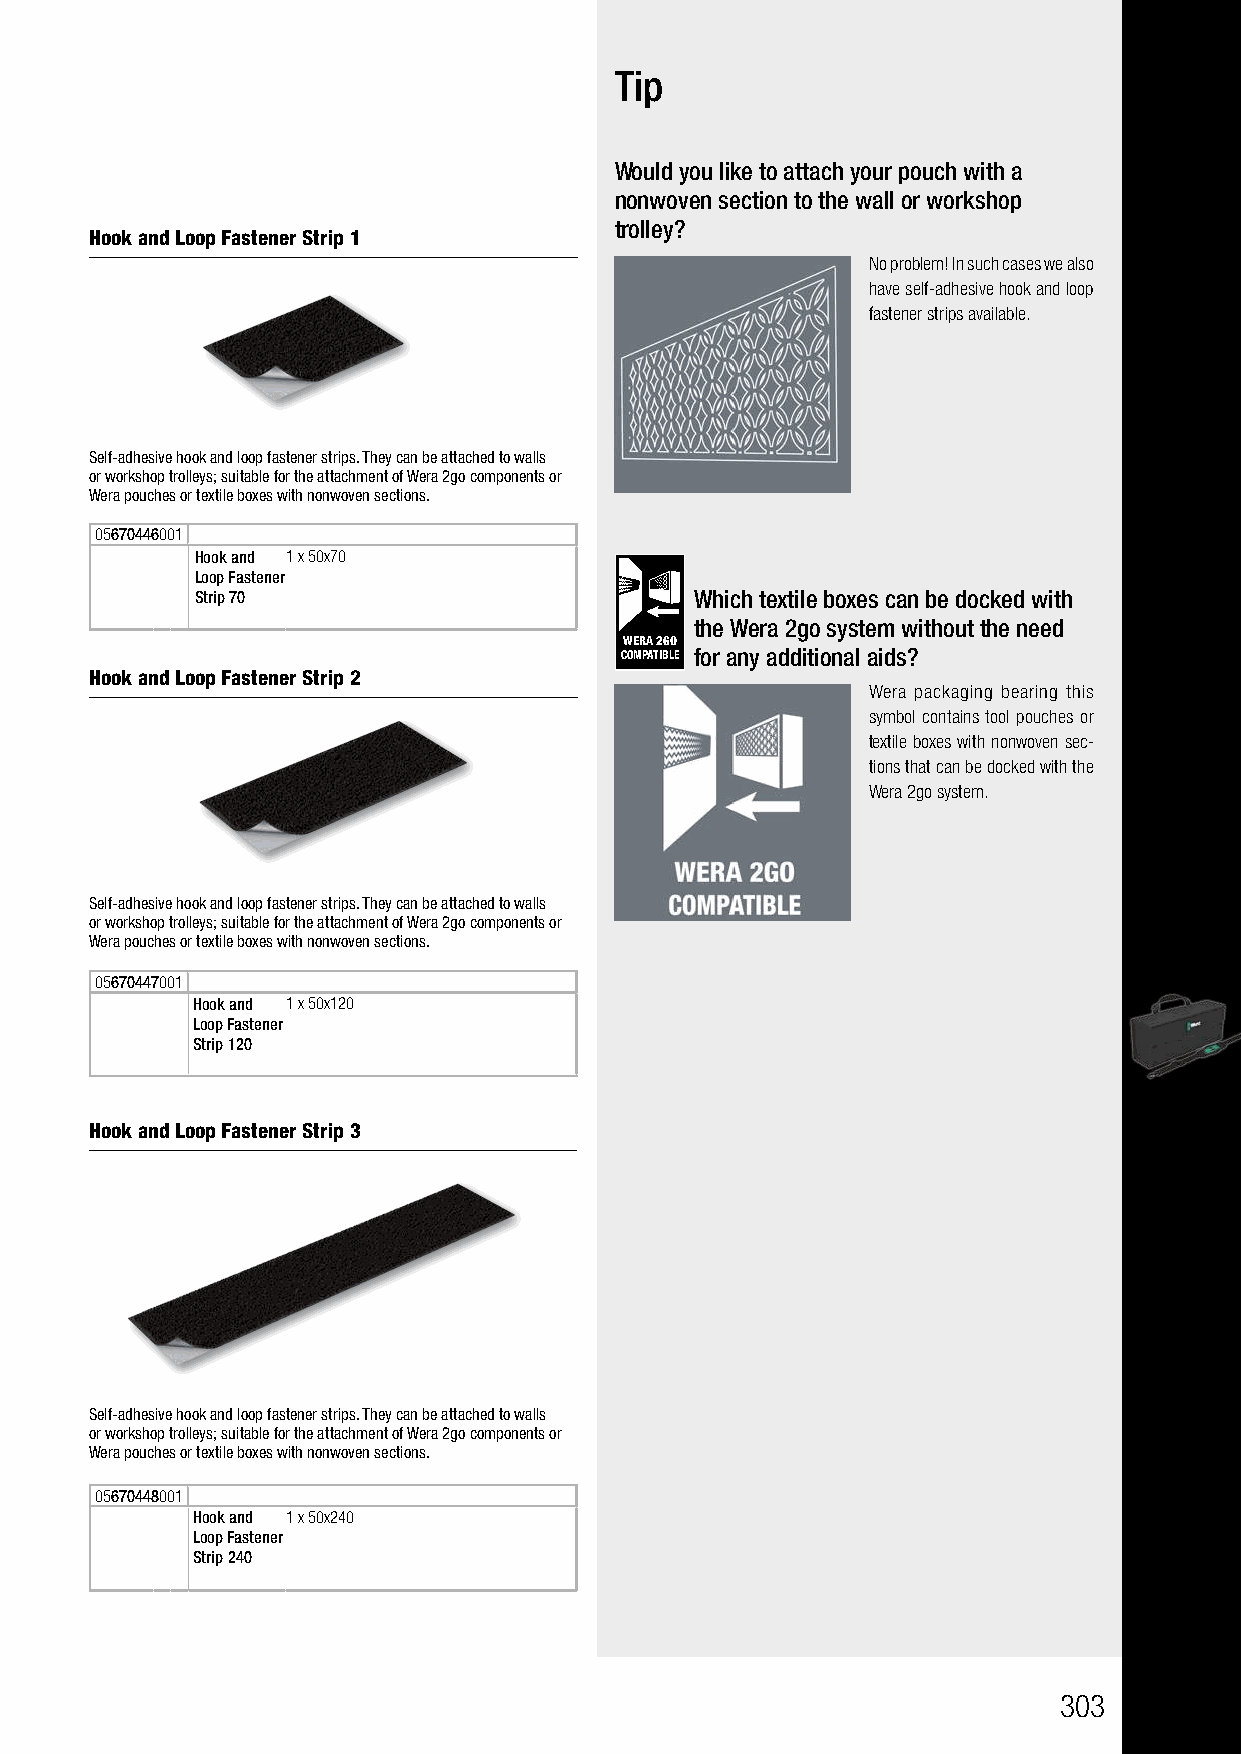
Tip
 Would you like to attach your pouch with a
 nonwoven section to the wall or workshop
 trolley?
 Hook and Loop Fastener Strip 1
 No problem! In such cases we also
 have self-adhesive hook and loop
 fastener strips available.
 Self-adhesive hook and loop fastener strips. They can be attached to walls
 or workshop trolleys; suitable for the attachment of Wera 2go components or
 Wera pouches or textile boxes with nonwoven sections.
 05670446001
 Hook and 1 x 50x70
 Loop Fastener
 Strip 70                         Which textile boxes can be docked with
 the Wera 2go system without the need
 WERA 2GO
 COMPATIBLE for any additional aids?
 Hook and Loop Fastener Strip 2
 Wera packaging bearing this
 symbol contains tool pouches or
 textile boxes with nonwoven sec-
 tions that can be docked with the
 Wera 2go system.
 Self-adhesive hook and loop fastener strips. They can be attached to walls
 or workshop trolleys; suitable for the attachment of Wera 2go components or
 Wera pouches or textile boxes with nonwoven sections.
 05670447001
 Hook and 1 x 50x120
 Loop Fastener
 Strip 120
 Hook and Loop Fastener Strip 3
 Self-adhesive hook and loop fastener strips. They can be attached to walls
 or workshop trolleys; suitable for the attachment of Wera 2go components or
 Wera pouches or textile boxes with nonwoven sections.
 05670448001
 Hook and 1 x 50x240
 Loop Fastener
 Strip 240
 303